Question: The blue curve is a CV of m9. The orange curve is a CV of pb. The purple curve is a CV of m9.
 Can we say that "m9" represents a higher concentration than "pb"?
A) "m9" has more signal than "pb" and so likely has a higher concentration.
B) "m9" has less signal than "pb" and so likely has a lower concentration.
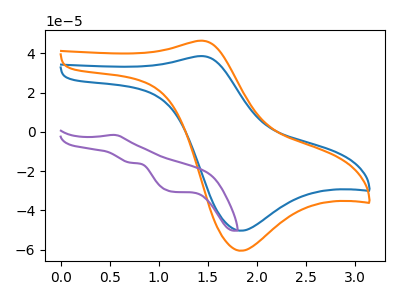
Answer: <think>The blue curve "m9" has an anodic peak at (1.45V, 38.70uA) and a cathodic peak at (1.85V, -50.40uA). The orange curve "pb" has an anodic peak at (1.45V, 46.55uA) and a cathodic peak at (1.85V, -60.60uA). The purple curve "m9" has an anodic peak at (0.55V, -1.50uA) and cathodic peaks at (0.70V, -15.75uA) (1.15V, -30.45uA).
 All the peaks in "m9" have a peak in "pb" at the same potential. Every peak in "m9" is lower than every peak in "pb".</think>
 <answer>B) "m9" has less signal than "pb" and so likely has a lower concentration.</answer>
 <eval>B</eval>